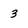
Character: 3